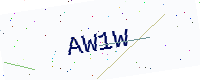
Text: AW1W